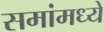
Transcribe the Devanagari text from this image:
समांमध्ये